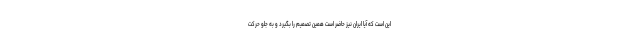
این است که آیا ایران نیز حاضر است همین تصمیم را بگیرد و به جلو حرکت